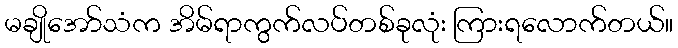
မချိုအော်သံက အိမ်ရာကွက်လပ်တစ်ခုလုံး ကြားရလောက်တယ်။